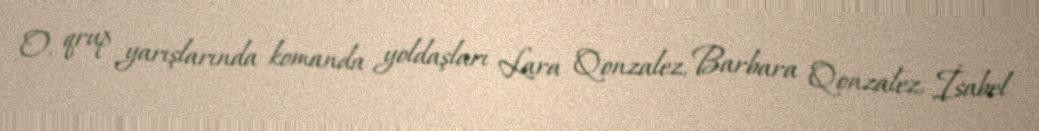
O, qrup yarışlarında komanda yoldaşları Lara Qonzalez, Barbara Qonzalez, İsabel